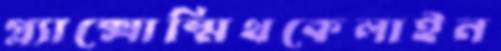
গ্ল্যাক্সোস্মিথকেলাইন